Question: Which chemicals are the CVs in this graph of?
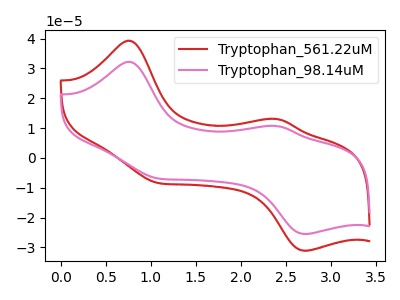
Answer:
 <answer>The red curve is labeled "Tryptophan_561.22uM". The pink curve is labeled "Tryptophan_98.14uM".</answer>
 <eval></eval>